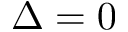
\Delta = 0